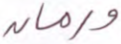
ورمان